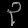
Digit: ၃